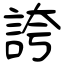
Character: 誇